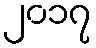
၂၀၁၇